Reports on dispensaries and lunatic asylums in the Province of Oudh - 1869-1876
Year: 1869
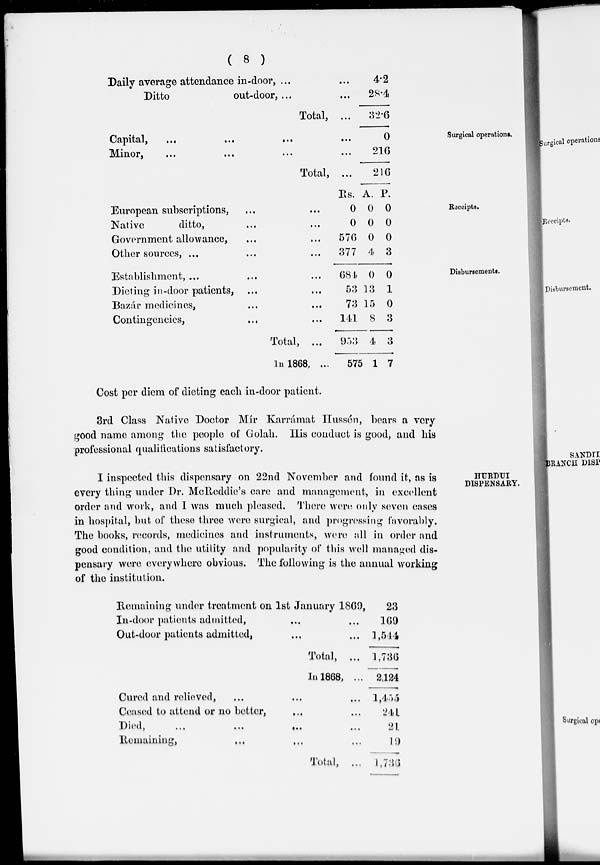
( 8 )
Daily average attendance in-door, ...
Ditto
out-door, ... ...
Total, ...
4.2
28.4
32.6
Surgical operations.
Capital,
...
...
...
...
Minor, ... ... ... ...
Total, ...
0
216
216
Receipts.
European subscriptions, ... ...
Native
ditto, ... ...
Government allowance, ... ...
Other sources, ... ... ...
Rs.
0
0
576
377
A.
0
0
0
4
P.
0
0
0
3
Disbursements.
Establishment, ...
... ...
Dieting in-door patients, ... ...
Bazár medicines, ... ...
Contingencies, ... ...
Total, ...
In 1868, ...
684
53
73
141
953
575
0
13
15
8
4
1
0
1
0
3
3
7
Cost per diem of dieting each in-door patient.
3rd Class Native Doctor Mír Karrámat Hussén, bears a very
good name among the people of Golah. His conduct is good, and his
professional qualifications satisfactory.
HURDUI
DISPENSARY.
I inspected this dispensary on 22nd November and found it, as is
every thing under Dr. McReddie's care and management, in excellent
order and work, and I was much pleased. There were only seven cases
in hospital, but of these three were surgical, and progressing favorably.
The books, records, medicines and instruments, were all in order and
good condition, and the utility and popularity of this well managed dis-
pensary were everywhere obvious. The following is the annual working
of the institution.
Remaining under treatment on 1st January 1869,
In-door patients admitted, ... ...
Out-door patients admitted, ... ...
Total, ...
In 1868, ...
Cured and relieved, ... ... ...
Ceased to attend or no better, ... ...
Died,
...
...
...
...
Remaining, ... ... ...
Total, ...
23
169
1,544
1,736
2,124
1,455
241
21
19
1,736